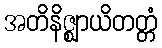
အတိနိဇ္ဈာယိတတ္တံ